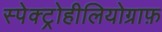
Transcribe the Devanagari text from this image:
स्पेक्ट्रोहीलियोग्राफ़